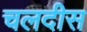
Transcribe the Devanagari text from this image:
चलदीस